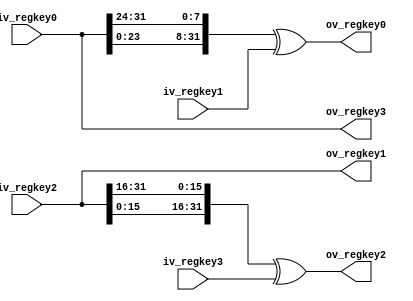
module p_shift_key(
        iv_regkey0,
        iv_regkey1,
        iv_regkey2,
        iv_regkey3,
        ov_regkey0,
        ov_regkey1,
        ov_regkey2,
        ov_regkey3
        );
  input[31:0] iv_regkey0;
  input[31:0] iv_regkey1;
  input[31:0] iv_regkey2;
  input[31:0] iv_regkey3;
  output[31:0] ov_regkey0;
  output[31:0] ov_regkey1;
  output[31:0] ov_regkey2;
  output[31:0] ov_regkey3;

  assign ov_regkey0 = {iv_regkey0[23:0],iv_regkey0[31:24]} ^ iv_regkey1;
  assign ov_regkey1 = iv_regkey2;
  assign ov_regkey2 = {iv_regkey2[15:0],iv_regkey2[31:16]} ^ iv_regkey3;
  assign ov_regkey3 = iv_regkey0;

endmodule